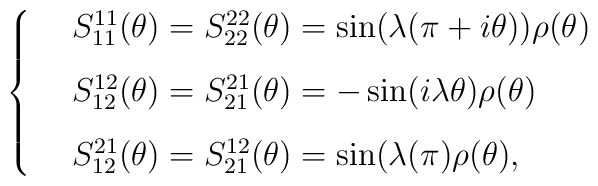
\left \{\begin{array}{ll}& S_{1 1}^{1 1}(\theta) = S_{2 2}^{2 2}(\theta) = \sin (\lambda(\pi + i\theta)) \rho(\theta)  \\[3mm]& S_{1 2}^{1 2}(\theta) = S_{2 1}^{2 1}(\theta) = -\sin (i \lambda \theta ) \rho(\theta)  \\[3mm]& S_{1 2}^{2 1}(\theta) = S_{2 1}^{1 2}(\theta) = \sin (\lambda(\pi ) \rho(\theta),  \end{array}\right.